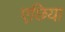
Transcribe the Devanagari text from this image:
एछिया